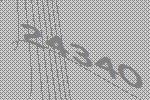
24340